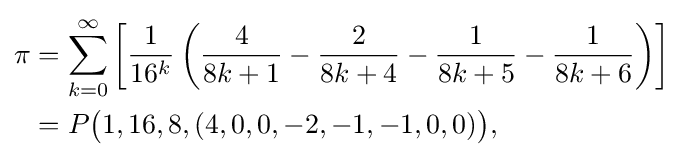
{\begin{aligned}\pi &=\sum _{k=0}^{\infty }\left[{\frac {1}{16^{k}}}\left({\frac {4}{8k+1}}-{\frac {2}{8k+4}}-{\frac {1}{8k+5}}-{\frac {1}{8k+6}}\right)\right]\\&=P{\bigl (}1,16,8,(4,0,0,-2,-1,-1,0,0){\bigr )},\end{aligned}}